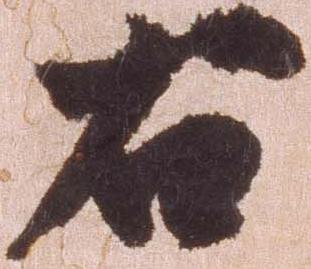
右